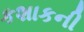
કશાકની